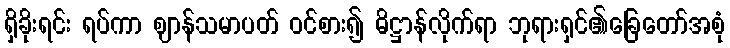
ရှိခိုးရင်း ရပ်ကာ ဈာန်သမာပတ် ဝင်စား၍ ဓိဋ္ဌာန်လိုက်ရာ ဘုရားရှင်၏ခြေတော်အစုံ